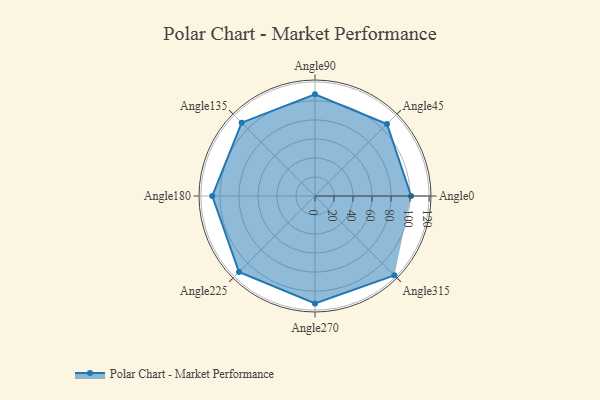
{"axis": {"x": "Angle", "y": "Radius"}, "legend": [""], "data": [{"x": "Angle0", "y": 101.0, "type": ""}, {"x": "Angle45", "y": 107.0, "type": ""}, {"x": "Angle90", "y": 107.0, "type": ""}, {"x": "Angle135", "y": 109.0, "type": ""}, {"x": "Angle180", "y": 108.0, "type": ""}, {"x": "Angle225", "y": 113.0, "type": ""}, {"x": "Angle270", "y": 113.0, "type": ""}, {"x": "Angle315", "y": 118.0, "type": ""}]}